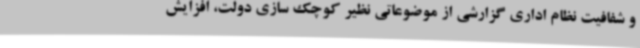
و شفافیت نظام اداری گزارشی از موضوعاتی نظیر کوچک سازی دولت، افزایش